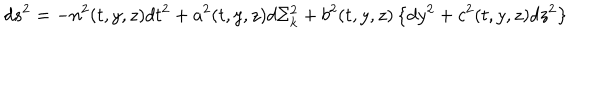
LaTeX: d s ^ { 2 } = - n ^ { 2 } ( t , y , z ) d t ^ { 2 } + a ^ { 2 } ( t , y , z ) d \Sigma _ { k } ^ { 2 } + b ^ { 2 } ( t , y , z ) \left\{ d y ^ { 2 } + c ^ { 2 } ( t , y , z ) d z ^ { 2 } \right\}